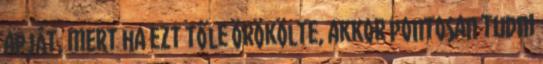
apját, mert ha ezt tőle örökölte, akkor pontosan tudni